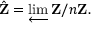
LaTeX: { \hat { \mathbf { Z } } } = \varprojlim \mathbf { Z } / n \mathbf { Z } .